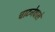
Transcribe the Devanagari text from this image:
चाटनेवाले